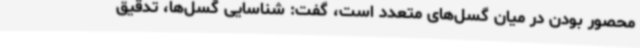
محصور بودن در میان گسل‌های متعدد است، گفت: شناسایی گسل‌ها، تدقیق